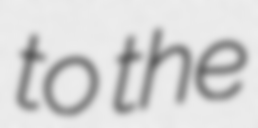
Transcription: to the